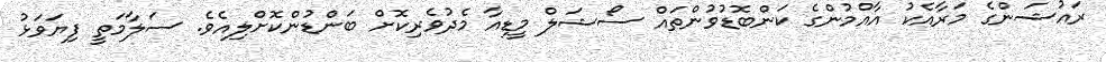
ރައުޝަންގެ މަރާއެކު އާއްމުންގެ ކަންބޮޑުވުންތައް ސޯޝަލް މީޑިއާ މެދުވެރިކޮށް ބަންޑުންކޮށްލިއެވެ. ސަލާމަތީ ފިޔަވަޅު